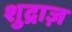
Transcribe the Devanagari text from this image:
शुद्राज़